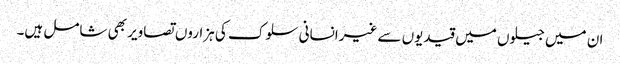
ان میں جیلوں میں قیدیوں سے غیرانسانی سلوک کی ہزاروں تصاویر بھی شامل ہیں۔